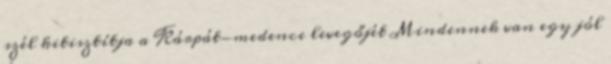
szél kitisztítja a Kárpát-medence levegőjét Mindennek van egy jól